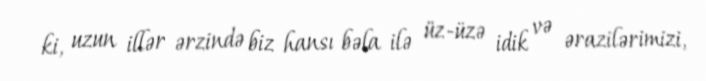
ki, uzun illər ərzində biz hansı bəla ilə üz-üzə idik və ərazilərimizi,